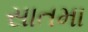
સાતમા